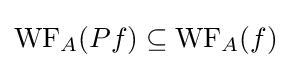
\operatorname {WF} _{A}(Pf)\subseteq \operatorname {WF} _{A}(f)